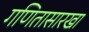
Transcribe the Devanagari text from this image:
गणितासारखा